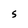
Character: S